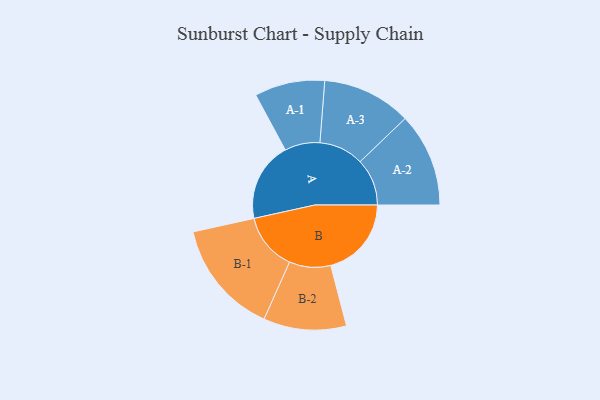
{"axis": {"x": "Segment", "y": "Value"}, "legend": ["", "A", "B"], "data": [{"x": "A", "y": 343, "type": ""}, {"x": "B", "y": 349, "type": ""}, {"x": "A-1", "y": 152, "type": "A"}, {"x": "A-2", "y": 203, "type": "A"}, {"x": "A-3", "y": 193, "type": "A"}, {"x": "B-1", "y": 248, "type": "B"}, {"x": "B-2", "y": 179, "type": "B"}]}